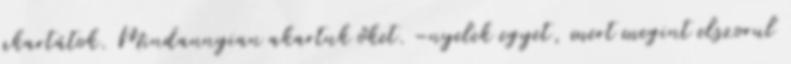
akartátok. Mindannyian akartuk őket. –nyelek egyet, mert megint elszorul